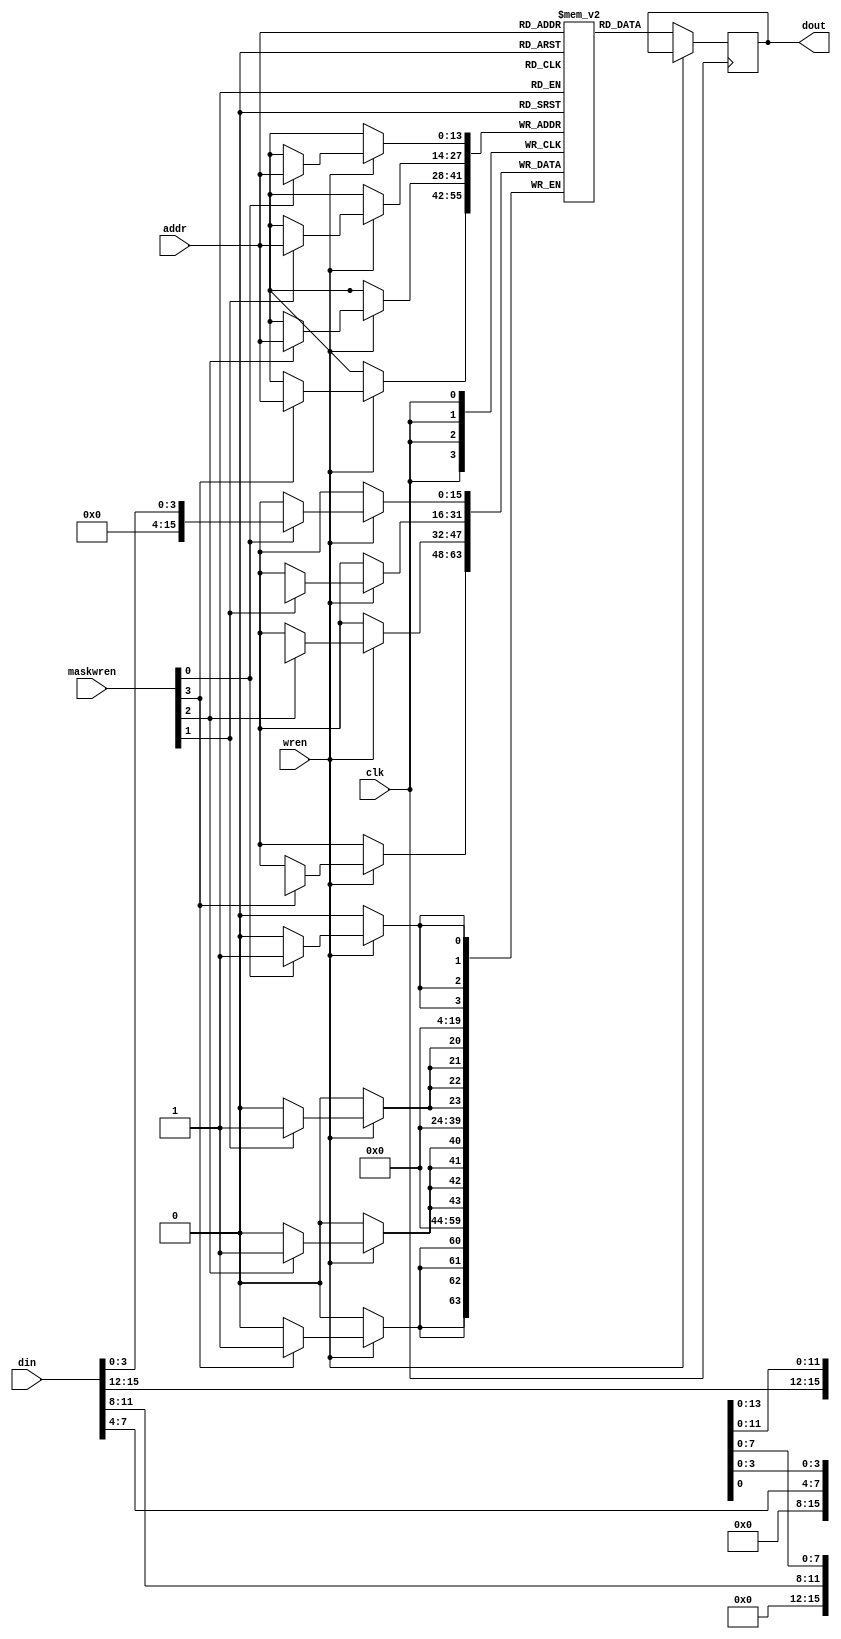
module SPRAM_16Kx16
  (
   input wire [13:0] addr,
   input wire [15:0] din,
   input wire [3:0] maskwren,
   input wire wren,
   input wire clk,
   output reg [15:0] dout
   );
   
   reg [15:0] 	     RAM [16383:0] /*verilator public*/;

   always @ (posedge clk) begin
      if (wren) begin
	 if (maskwren[0]) RAM[addr][0+:4]   <= din[0+:4];
	 if (maskwren[1]) RAM[addr][4+:4]   <= din[4+:4];
	 if (maskwren[2]) RAM[addr][8+:4]   <= din[8+:4];
	 if (maskwren[3]) RAM[addr][12+:4]   <= din[12+:4];
      end
      else begin
	dout <= RAM[addr];
      end
   end
endmodule // SB_SPRAM256KA